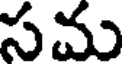
సమ